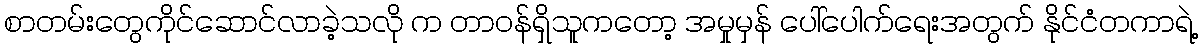
စာတမ်းတွေကိုင်ဆောင်လာခဲ့သလို က တာဝန်ရှိသူကတော့ အမှုမှန် ပေါ်ပေါက်ရေးအတွက် နိုင်ငံတကာရဲ့